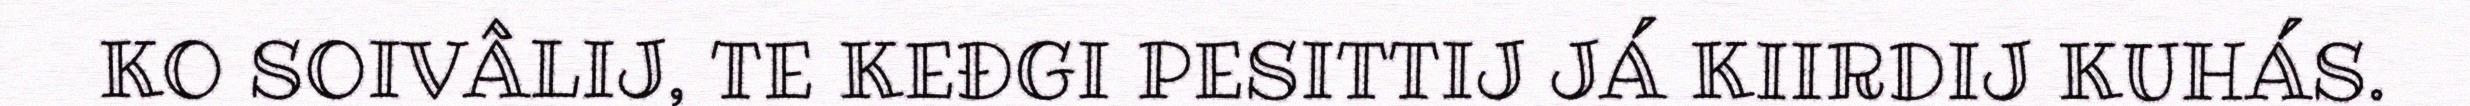
KO SOIVÂLIJ, TE KEĐGI PESITTIJ JÁ KIIRDIJ KUHÁS.